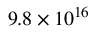
9 . 8 \times 1 0 ^ { 1 6 }